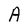
Character: A